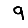
Digit: 9